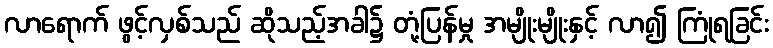
လာရောက် ဖွင့်လှစ်သည် ဆိုသည့်အခါ၌ တုံ့ပြန်မှု အမျိုးမျိုးနှင့် လာ၍ ကြုံရခြင်း